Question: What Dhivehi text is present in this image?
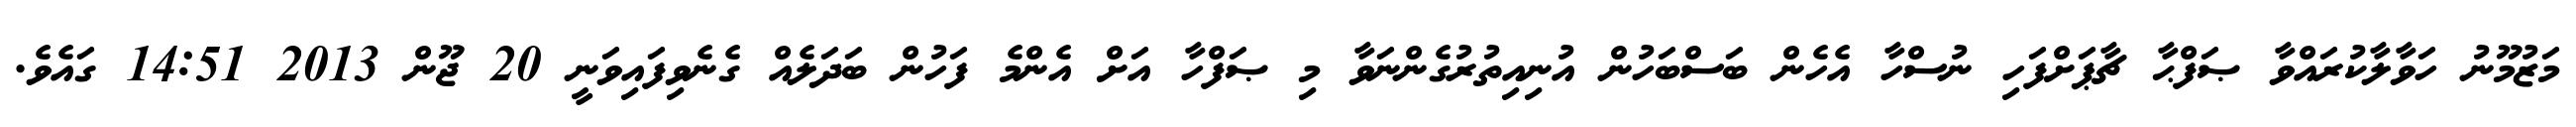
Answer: މަޒުމޫނު ހަވާލާކުރައްވާ ޞަފްޙާ ޗާޕަށްފަހި ނުސްހާ އެހެން ބަސްބަހުން އުނިއިތުރުގެންނަވާ މި ޞަފްހާ އަށް އެންމެ ފަހުން ބަދަލެއް ގެނެވިފައިވަނީ 20 ޖޫން 2013 14:51 ގައެވެ.